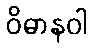
ဝိဓာနဝါ